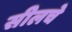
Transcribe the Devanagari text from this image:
सीलचे